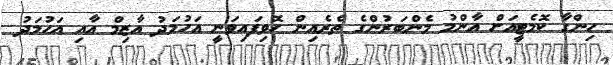
ހިންގާ ކޮމެޓީއަށް އާންމު މެންބަރުންގެ ތެރެއިން ހޮވިފައިވަނީ އަހުމަދު އާޒިމް އާއި އަހުމަދު